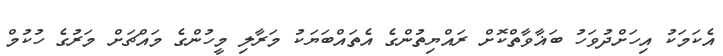
އެކަމަކު އިހަށްދުވަހު ބަޣާވާތްކޮށް ރައްޔިތުންގެ އެތައްބަޔަކު މަރާލި މީހުންގެ މައްޗަށް މަރުގެ ހުކުމް